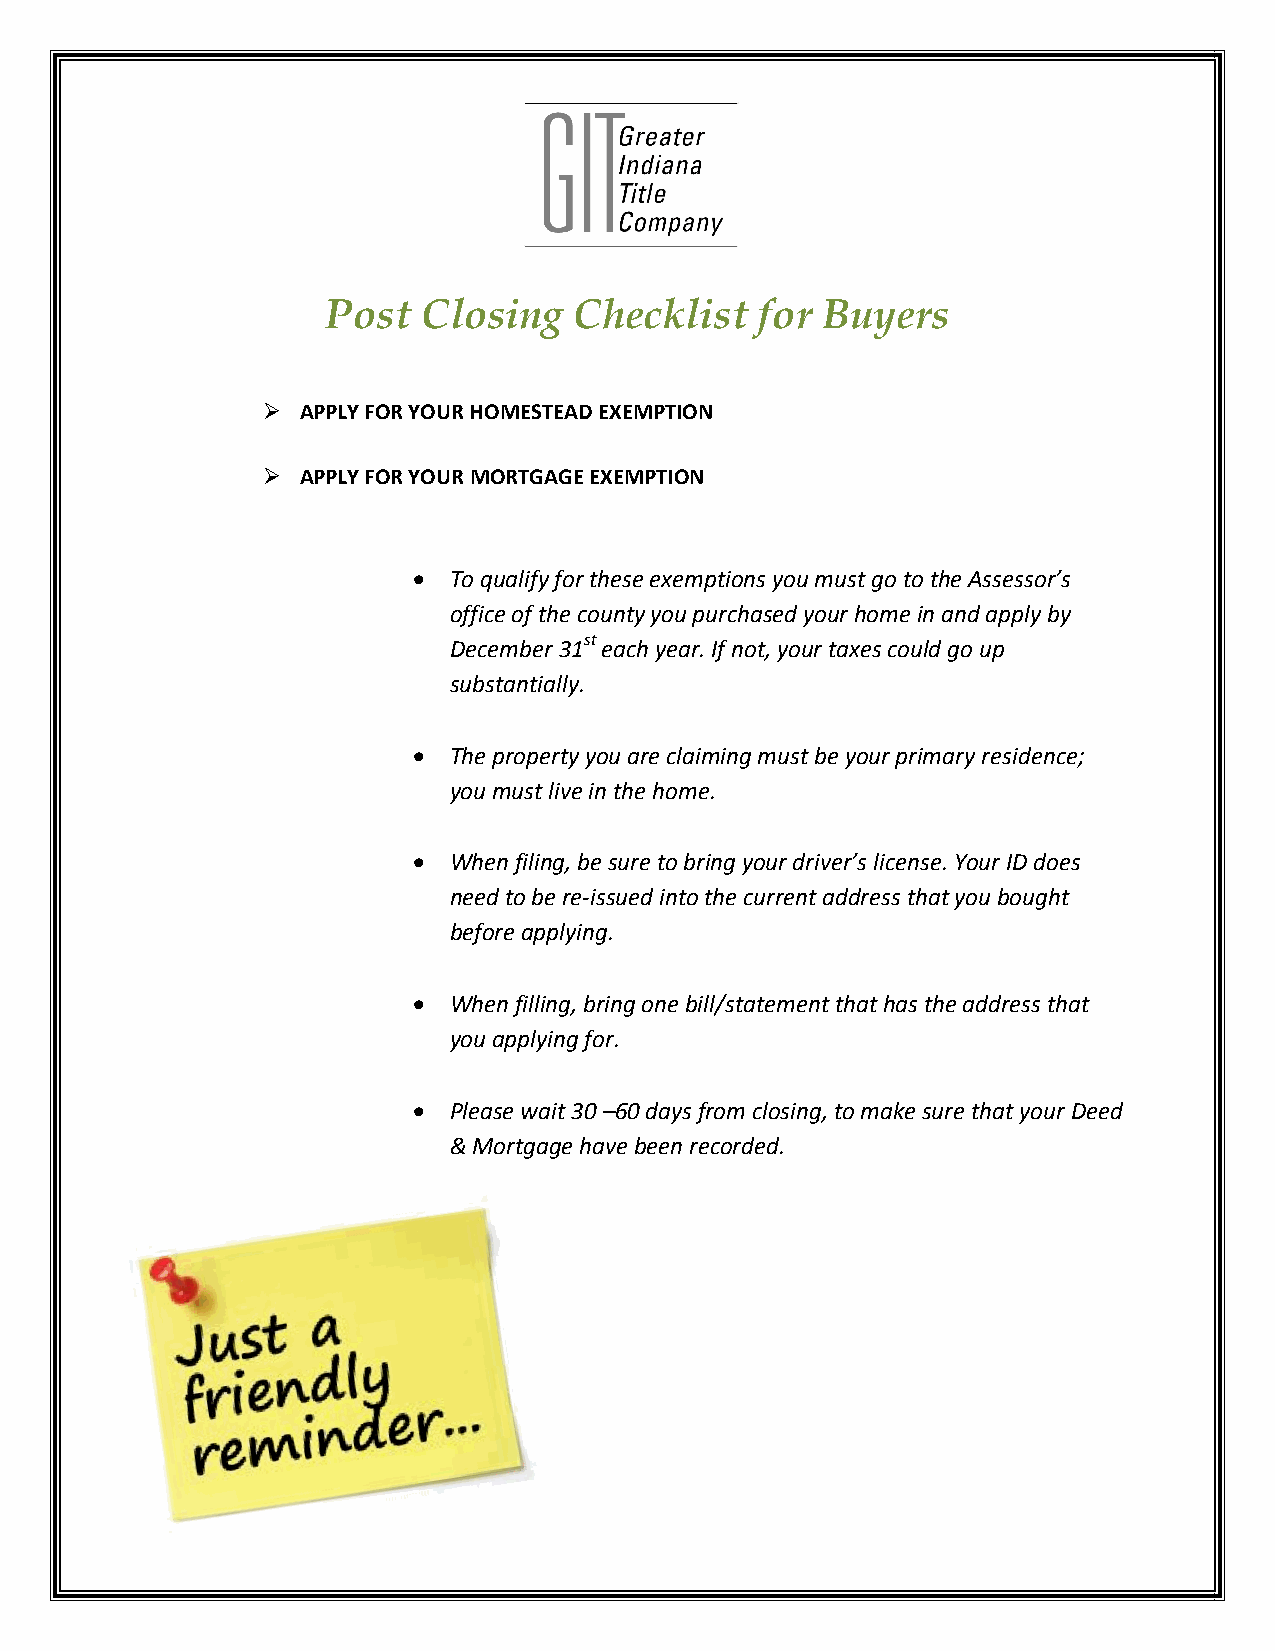
Post  Closing   Checklist   for Buyers
   APPLY FOR YOUR HOMESTEAD EXEMPTION
   APPLY FOR YOUR MORTGAGE EXEMPTION
   To qualify for these exemptions you must go to the Assessor’s
 office of the county you purchased your home in and apply by
 December 31st each year. If not, your taxes could go up
 substantially.
   The property you are claiming must be your primary residence;
 you must live in the home.
   When filing, be sure to bring your driver’s license. Your ID does
 need to be re-issued into the current address that you bought
 before applying.
   When filling, bring one bill/statement that has the address that
 you applying for.
   Please wait 30 –60 days from closing, to make sure that your Deed
 & Mortgage have been recorded.